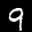
Label: 9